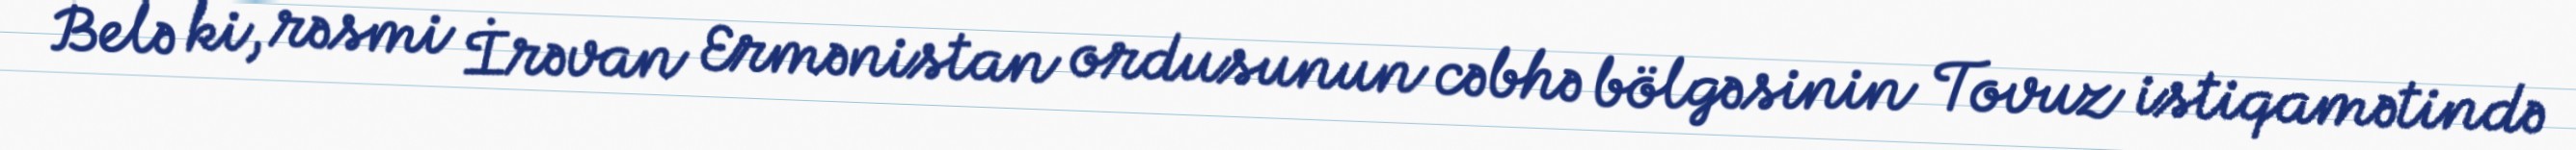
Belə ki, rəsmi İrəvan Ermənistan ordusunun cəbhə bölgəsinin Tovuz istiqamətində